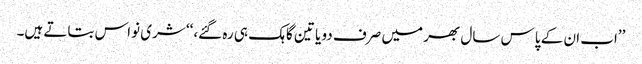
’’اب ان کے پاس سال بھر میں صرف دو یا تین گاہک ہی رہ گئے،‘‘ شری نواس بتاتے ہیں۔